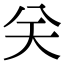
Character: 关